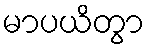
မာပယိတွာ